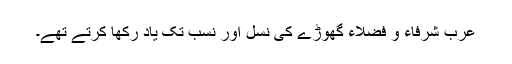
عرب شرفاء و فضلاء گھوڑے کی نسل اور نسب تک یاد رکھا کرتے تھے۔